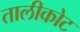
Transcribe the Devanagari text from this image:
तालीकोट